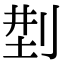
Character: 𠜚